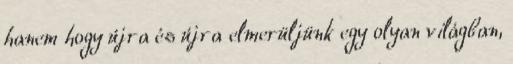
hanem hogy újra és újra elmerüljünk egy olyan világban,